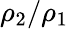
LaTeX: \rho_{2}/\rho_{1}